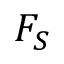
F _ { S }